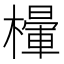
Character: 𣜸